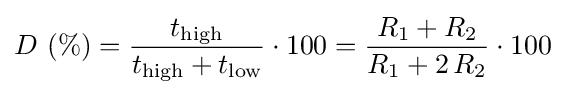
D~(\%)={\frac {t_{\text{high}}}{t_{\text{high}}+t_{\text{low}}}}\cdot 100={\frac {R_{1}+R_{2}}{R_{1}+2\,R_{2}}}\cdot 100